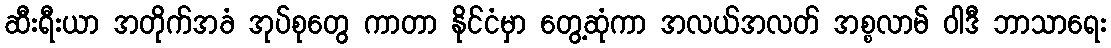
ဆီးရီးယာ အတိုက်အခံ အုပ်စုတွေ ကာတာ နိုင်ငံမှာ တွေ့ဆုံကာ အလယ်အလတ် အစ္စလာမ် ဝါဒီ ဘာသာရေး